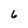
Character: 6